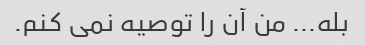
بله... من آن را توصیه نمی کنم.